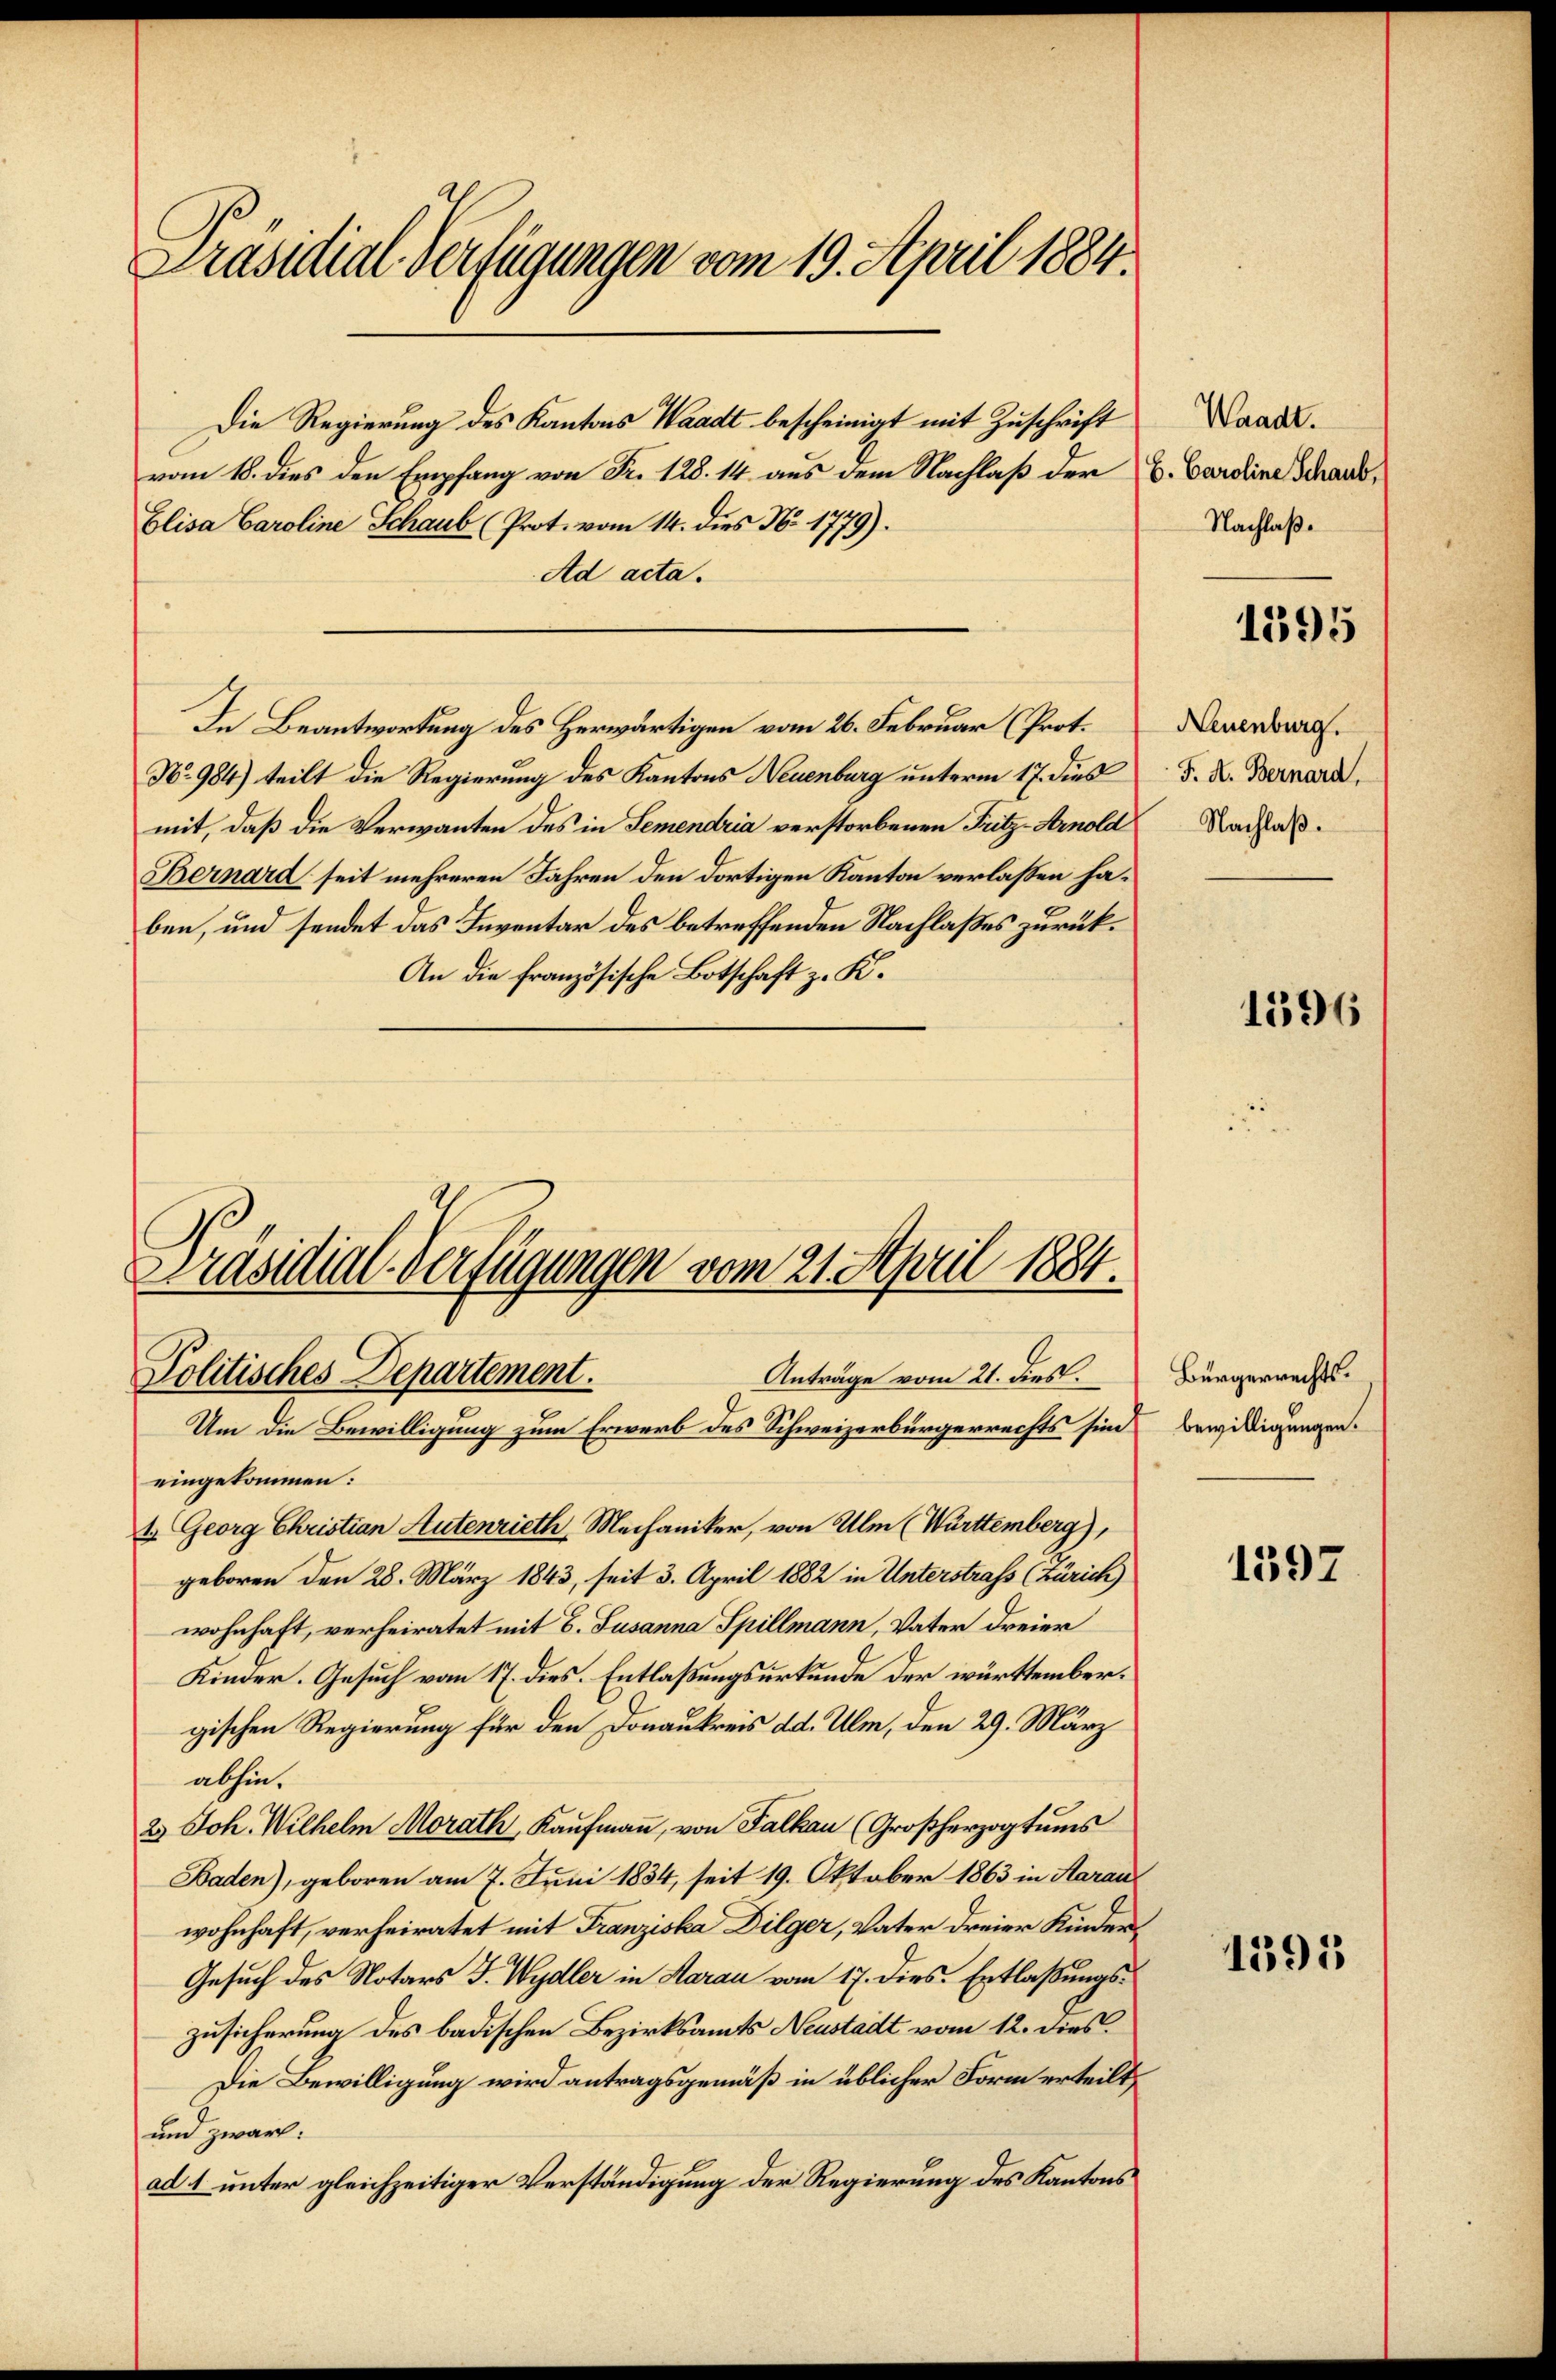
Präsidial-Verfügungen vom 19. April 1884.

Die Regierung des Kantons Waadt bescheinigt mit Zuschrift
vom 18. dies den Empfang von Fr. 128. 14 aus dem Nachlaß der E. Caroline Schaus,
Elisa Caroline Schaub (Prot. vom 14. dies No 1779).
Ad acta.
In Beantwortung des Herwärtigen vom 26. Februar (Prot.
No 984) teilt die Regierung des Kantons Neuenburg unterm 17. dies
mit, daß die Verwanten des in Semendria verstorbenen Fritz-Arnold
Bernard seit mehreren Jahren den dortigen Kanton verlassen haben, und sendet das Inventar des betreffenden Nachlaßes zurück¬
An die französische Botschaft z. K.
Präsidial-Verfügungen vom 21. April 1884.

Anträge vom 21. dies.
Politisches Departement.
Um die Bewilligung zum Erwerb des Schweizerbürgerrechts sind

eingekommen:
1. Georg Christian Autenrieth, Mechaniker, von Ulm (Württemberg),
geboren den 28. März 1843, seit 3. April 1882 in Unterstrafs (Zürich)
wohnhaft, verheiratet mit E. Susanna Spillmann, Vater dreier
Kinder. Gesuch vom 17. dies. Entlaßungsurkunde der württembergischen Regierung für den Donaukreis dd. Ulm, den 29. März
abhin.
2 Joh. Wilhelm Morath, Kaŭfmaṅ, von Falkau (Großherzogtums
Baden), geboren am 7. Juni 1834, seit 19. Oktober 1863 in Aarau
wohnhaft, verheiratet mit Franziska Dilger, Vater dreier Kinder¬
Gesuch des Notars J. Wydler in Aarau vom 17. dies. Entlaßungszusicherung des badischen Bezirksamts Neustadt vom 12. dies
Die Bewilligung wird antragsgemäß in üblicher Form erteilt,
und zwar:
ad 1 unter gleichzeitiger Verständigung der Regierung des Kantons

Waadt.
Nachlaß.

1395

Neuenburg.
F. A. Bernard,
Nachlaß.

1396

Bürgerrechtsbewilligungen.

1397

1595